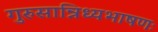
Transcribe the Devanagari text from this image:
गुरुसान्निध्यभाषणः